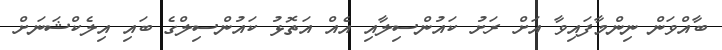
ބާއްވަން ނިންމާފައިވާ އަށް ރަށު ކައުންސިލާއި އެއް އަތޮޅު ކައުންސިލްގެ ބައި އިލެކްޝަނަށް